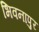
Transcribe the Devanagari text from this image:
भिवनापुर